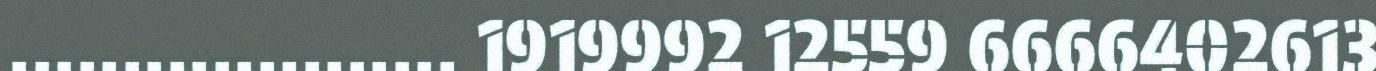
.................... 1919992 12559 6666402613